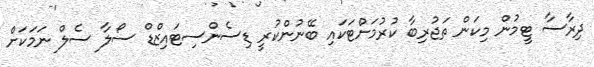
ދިރާސާ ޓީމުން މިކަން ތަޖުރިބާ ކުރުމަށްޓަކައި ބޭނުންކުރީ ޑިސެންސިޓައިޒްޑް ސޯލާ ސެލް ނަމަކަށް